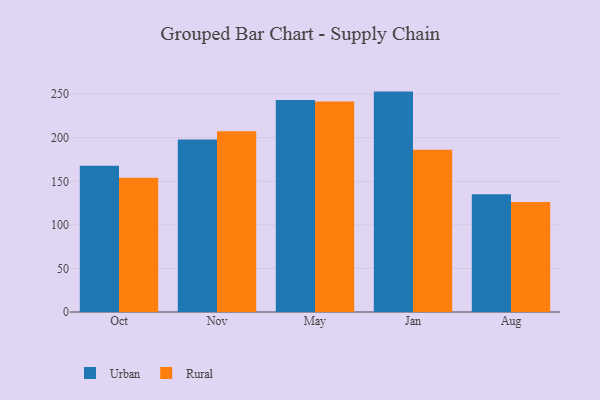
{"axis": {"x": "Month", "y": "Churn Rate (%)"}, "legend": ["Rural", "Urban"], "data": [{"x": "Oct", "y": 168.0, "type": "Urban"}, {"x": "Oct", "y": 154.1, "type": "Rural"}, {"x": "Nov", "y": 198.1, "type": "Urban"}, {"x": "Nov", "y": 207.6, "type": "Rural"}, {"x": "May", "y": 243.5, "type": "Urban"}, {"x": "May", "y": 241.6, "type": "Rural"}, {"x": "Jan", "y": 253.0, "type": "Urban"}, {"x": "Jan", "y": 186.3, "type": "Rural"}, {"x": "Aug", "y": 135.1, "type": "Urban"}, {"x": "Aug", "y": 126.4, "type": "Rural"}]}